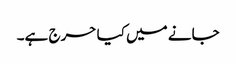
جانے میں کیا حرج ہے۔